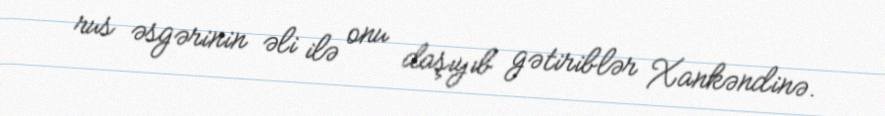
rus əsgərinin əli ilə onu daşıyıb gətiriblər Xankəndinə.